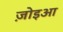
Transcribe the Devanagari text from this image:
ज़ोइआ